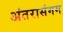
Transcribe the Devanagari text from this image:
अंतरासंगम